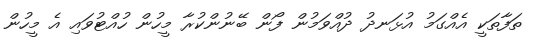
ތަފާތަކީ އެއްގަމު އުޅަނދު ދުއްވަމުން ފޯން ބޭނުންކުރާ މީހުން ހުއްޓުވައި އެ މީހުން